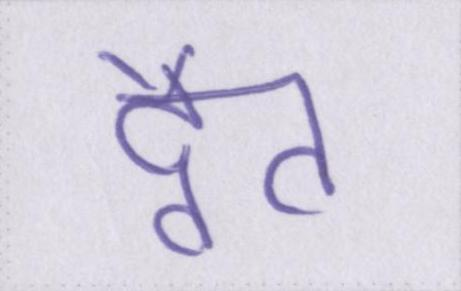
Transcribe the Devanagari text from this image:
द्वैत